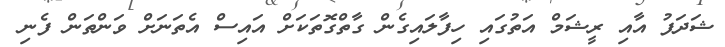
ޝަދަފު އާއި ރީޝަމް އަތުގައި ހިފާލައިގެން ގާތްގޮތަކަށް އައިސް އެތަނަށް ވަންތަން ފެނި